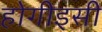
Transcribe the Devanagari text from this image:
होगीइसी